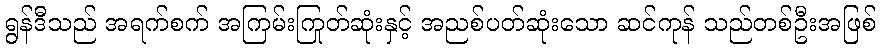
ရွန်ဒီသည် အရက်စက် အကြမ်းကြုတ်ဆုံးနှင့် အညစ်ပတ်ဆုံးသော ဆင်ကုန် သည်တစ်ဦးအဖြစ်